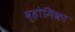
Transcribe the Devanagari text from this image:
व्होमिका